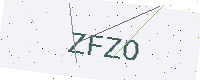
Text: ZFZO